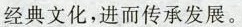
经典文化，进而传承发展。